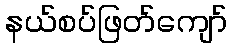
နယ်စပ်ဖြတ်ကျော်